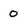
Character: 0